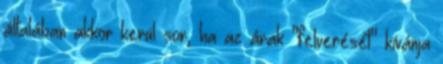
általában akkor kerül sor, ha az árak "felverését" kívánja